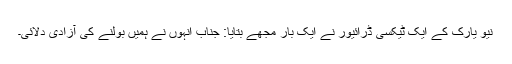
نیو یارک کے ایک ٹیکسی ڈرائیور نے ایک بار مجھے بتایا: جناب انہوں نے ہمیں بولنے کی آزادی دلائی۔